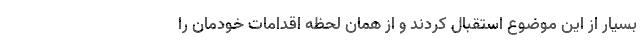
بسیار از این موضوع استقبال کردند و از همان لحظه اقدامات خودمان را